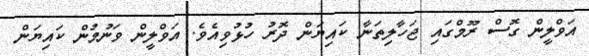
އަވްލީން ގޮސް ރޫމްގައި ޖަހާލިތަނާ ކައިޔަން ދޮރު ހުޅުވިއެވެ. އަވްލީން ވަނުމުން ކައިޔަން